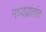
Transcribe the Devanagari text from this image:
मध्यप्रांतांत